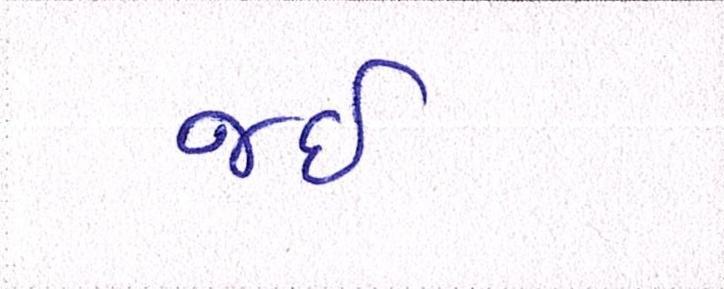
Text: જઈ